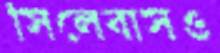
সিলেবাসও